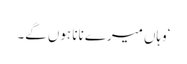
‘وہاں میرے نانا ہوں گے۔